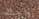
زواجك